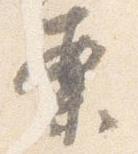
案